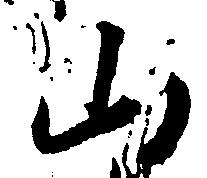
山